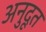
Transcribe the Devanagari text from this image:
अनुदूत